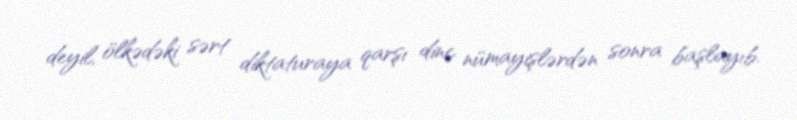
deyil, ölkədəki sərt diktaturaya qarşı dinc nümayişlərdən sonra başlayıb.